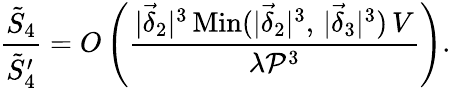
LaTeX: \frac{\tilde{S}_{4}}{\tilde{S}_{4}^{\prime}}=O\left(\frac{|\vec{\delta}_{2}|^{3}\, \mathrm{Min}(|\vec{\delta}_{2}|^{3},\, |\vec{\delta}_{3}|^{3})\, V}{\lambda{\cal P}^{3}}\right).